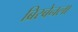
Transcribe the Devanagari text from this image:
ब्रिस्बेनला